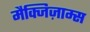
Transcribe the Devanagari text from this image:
मैक्जिज़ाम्स